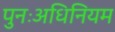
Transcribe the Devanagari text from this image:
पुनःअधिनियम